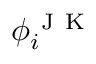
\phi _ { i } ^ { \mathrm { ~ J ~ K ~ } }